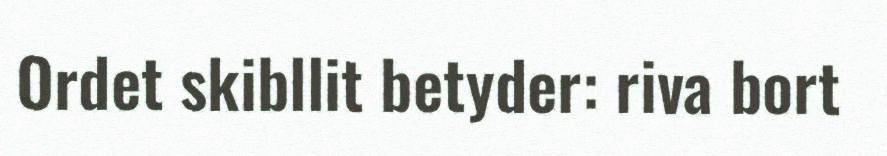
Ordet skibllit betyder: riva bort